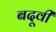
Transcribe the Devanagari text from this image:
बदूवी